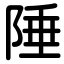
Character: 陲